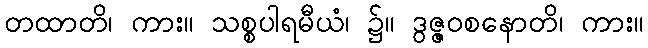
တထာတိ၊ ကား။ သစ္စပါရမီယံ၊ ၌။ ဒွဇ္ဇဝစနောတိ၊ ကား။